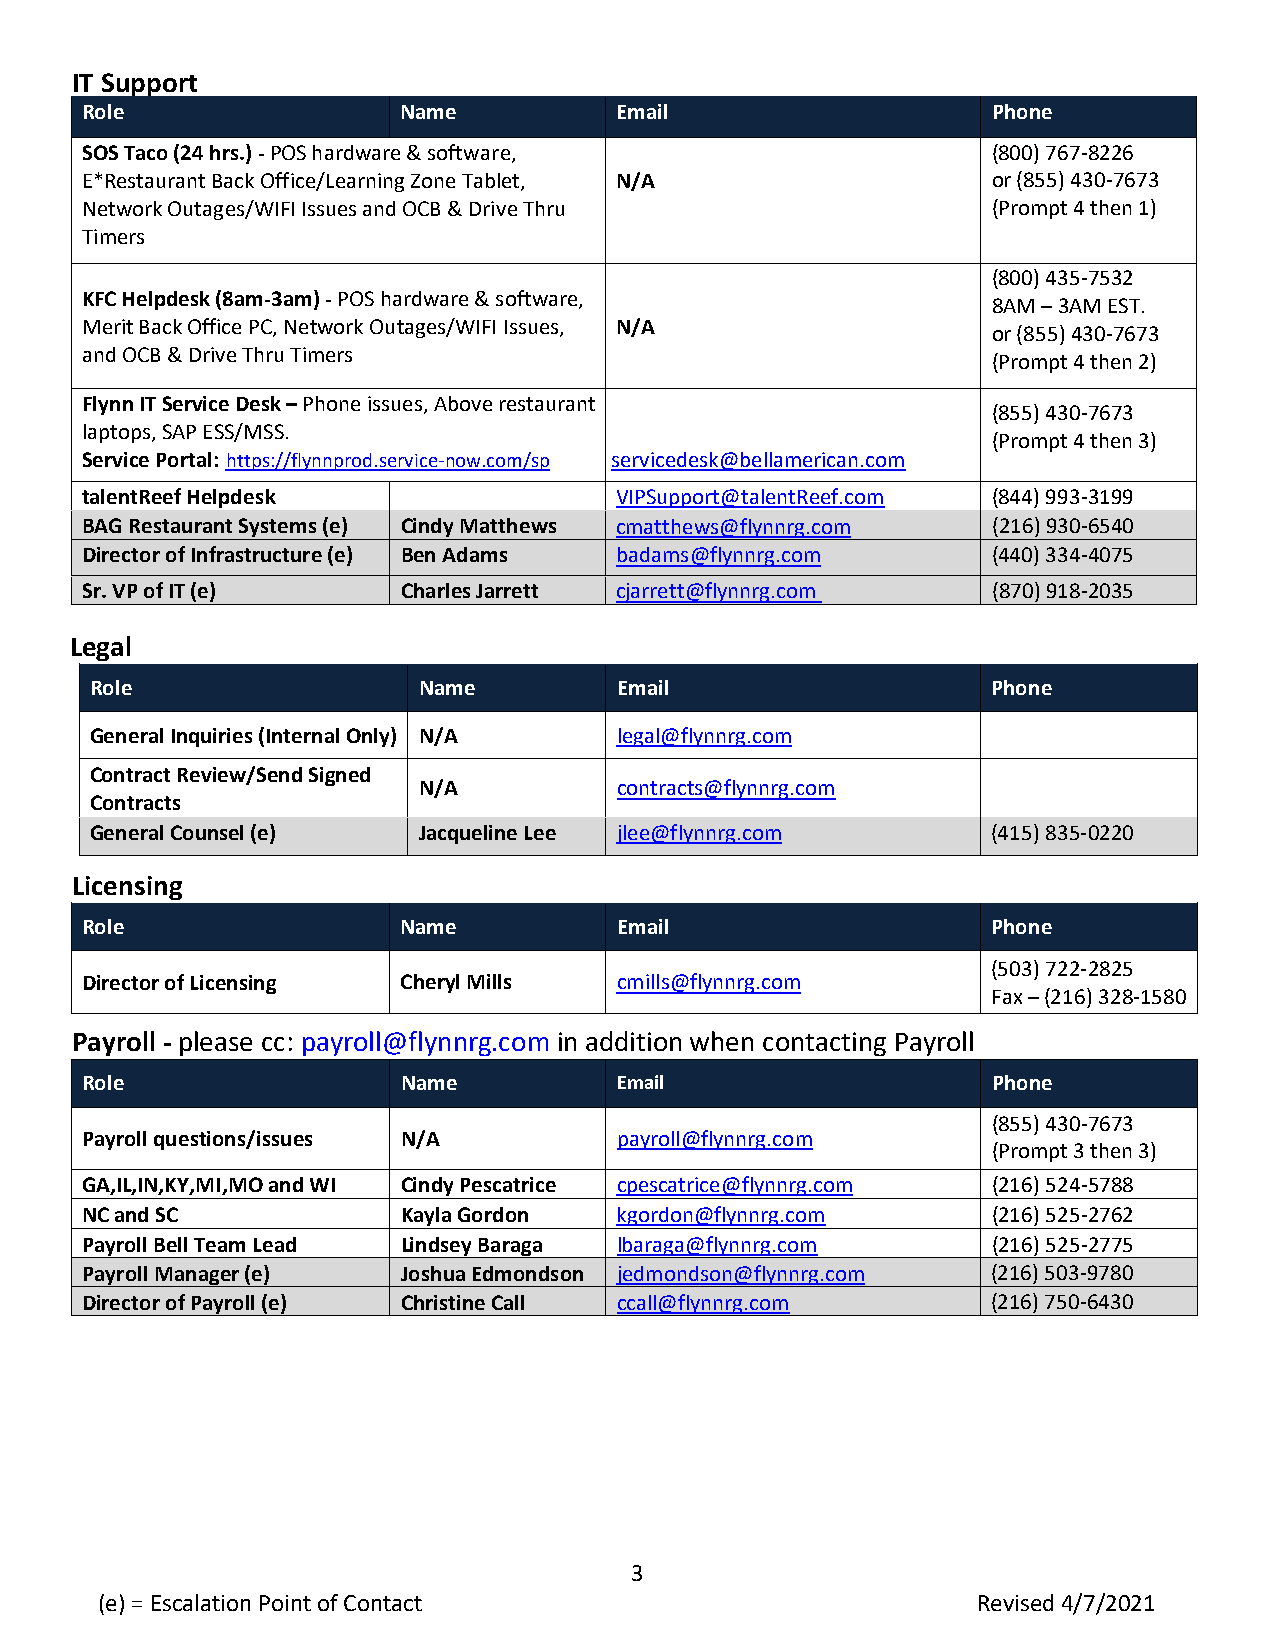
IT Support
 Role                  Name          Email                    Phone
 SOS Taco (24 hrs.) - POS hardware & software,                (800) 767-8226
 E*Restaurant Back Office/Learning Zone Tablet, N/A           or (855) 430-7673
 Network Outages/WIFI Issues and OCB & Drive Thru             (Prompt 4 then 1)
 Timers
 (800) 435-7532
 KFC Helpdesk (8am-3am) - POS hardware & software,            8AM – 3AM EST.
 Merit Back Office PC, Network Outages/WIFI Issues, N/A
 or (855) 430-7673
 and OCB & Drive Thru Timers
 (Prompt 4 then 2)
 Flynn IT Service Desk – Phone issues, Above restaurant
 (855) 430-7673
 laptops, SAP ESS/MSS.
 (Prompt 4 then 3)
 Service Portal: https://flynnprod.service-now.com/sp servicedesk@bellamerican.com
 talentReef Helpdesk                 VIPSupport@talentReef.com (844) 993-3199
 BAG Restaurant Systems (e) Cindy Matthews cmatthews@flynnrg.com (216) 930-6540
 Director of Infrastructure (e) Ben Adams badams@flynnrg.com  (440) 334-4075
 Sr. VP of IT (e)      Charles Jarrett cjarrett@flynnrg.com   (870) 918-2035
 Legal
 Role                  Name         Email                    Phone
 General Inquiries (Internal Only) N/A legal@flynnrg.com
 Contract Review/Send Signed
 N/A          contracts@flynnrg.com
 Contracts
 General Counsel (e)   Jacqueline Lee jlee@flynnrg.com       (415) 835-0220
 Licensing
 Role                  Name          Email                    Phone
 (503) 722-2825
 Director of Licensing Cheryl Mills  cmills@flynnrg.com
 Fax – (216) 328-1580
 Payroll - please cc: payroll@flynnrg.com in addition when contacting Payroll
 Role                  Name          Email                    Phone
 (855) 430-7673
 Payroll questions/issues N/A        payroll@flynnrg.com
 (Prompt 3 then 3)
 GA,IL,IN,KY,MI,MO and WI Cindy Pescatrice cpescatrice@flynnrg.com (216) 524-5788
 NC and SC             Kayla Gordon  kgordon@flynnrg.com      (216) 525-2762
 Payroll Bell Team Lead Lindsey Baraga lbaraga@flynnrg.com    (216) 525-2775
 Payroll Manager (e)   Joshua Edmondson jedmondson@flynnrg.com (216) 503-9780
 Director of Payroll (e) Christine Call ccall@flynnrg.com     (216) 750-6430
 3
 (e) = Escalation Point of Contact                          Revised 4/7/2021